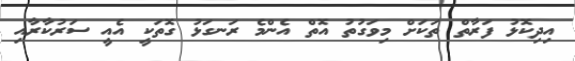
އިދިކޮޅު ފަރާތް ތަކަށް މިވަގުތު އޮތް އެންމެ ރަނގަޅު ގޮތަކީ އެއީ ސަރުކާރާއި